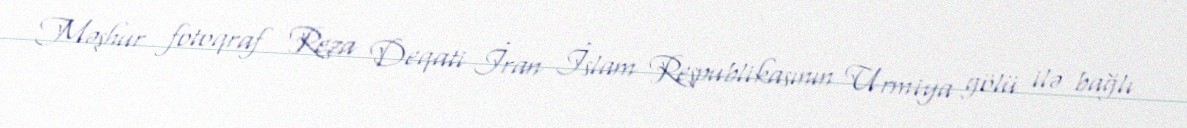
Məşhur fotoqraf Reza Deqati İran İslam Respublikasının Urmiya gölü ilə bağlı